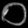
Digit: ၀